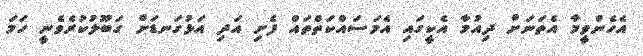
އެހެންވީމާ އެތަނަށް ދިއުމާ އެކީގައި އެމަސައްކަތްތައް ފެށި އަދި އަޅުގަނޑަށް ގަބޫލުކުރެވެނީ ހަމަ